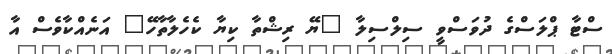
ސްޓާ ޕްލަސްގެ ދުވަސްވީ ސިލްސިލާ "ޔޭ ރިޝްތާ ކިޔާ ކެހެލާތާހޭ" އަނެއްކާވެސް އާ